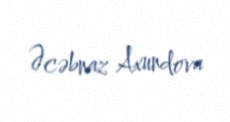
Əcəbnaz Axundova